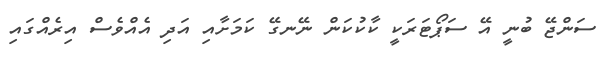
ސަންޖޭ ބުނީ އޭ ސަޕޯޓަރަކީ ކާކުކަން ނޭނގޭ ކަމަށާއި އަދި އެއްވެސް އިރެއްގައި